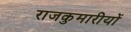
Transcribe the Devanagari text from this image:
राजकुमारीयों